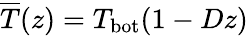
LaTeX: \overline{{T}}(z)=T_{\mathrm{bot}}(1-Dz)